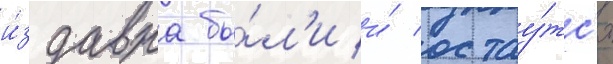
и́здавна бы́л'и и́ остау́тс'я